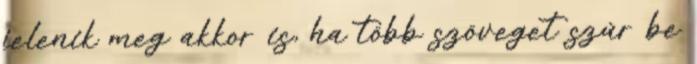
jelenik meg akkor is, ha több szöveget szúr be